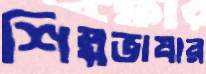
শিল্পভাষার